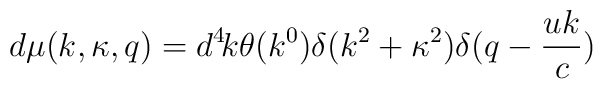
d\mu(k,\kappa,q)=d^4\!k\theta(k^0)\delta(k^2+\kappa^2)\delta(q-\frac{uk}{c})